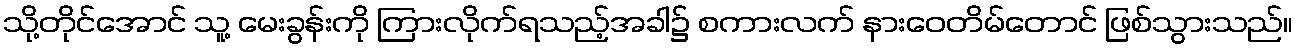
သို့တိုင်အောင် သူ့ မေးခွန်းကို ကြားလိုက်ရသည့်အခါ၌ စကားလက် နားဝေတိမ်တောင် ဖြစ်သွားသည်။